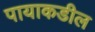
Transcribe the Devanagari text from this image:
पायाकडील